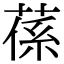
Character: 𦵠